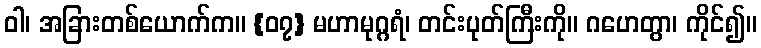
ဝါ၊ အခြားတစ်ယောက်က။ {၀၇} မဟာမုဂ္ဂရံ၊ တင်းပုတ်ကြီးကို။ ဂဟေတွာ၊ ကိုင်၍။